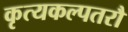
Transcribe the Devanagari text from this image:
कृत्यकल्पतरौ